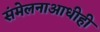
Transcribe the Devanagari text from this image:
संमेलनाआधीही